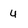
Character: u